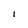
Character: i